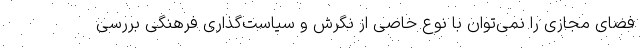
فضای مجازی را نمی‌توان با نوع خاصی از نگرش و سیاست‌گذاری فرهنگی بررسی